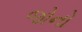
જોનો